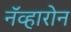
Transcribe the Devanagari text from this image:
नॅव्हारोन